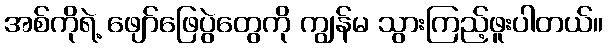
အစ်ကိုရဲ့ ဖျော်ဖြေပွဲတွေကို ကျွန်မ သွားကြည့်ဖူးပါတယ်။